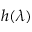
h ( \lambda )